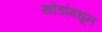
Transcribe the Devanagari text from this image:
खोडांमधून